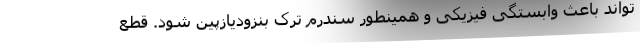
تواند باعث وابستگی فیزیکی و همینطور سندرم ترک بنزودیازپین شود. قطع